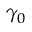
\gamma _ { 0 }